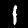
Digit: 1